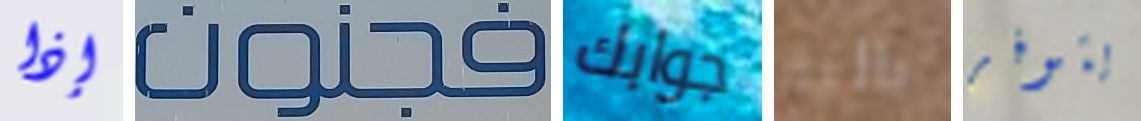
إذا فجنون جوابك بالية يتوفر